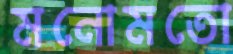
মনোমতো